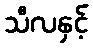
သီလနှင့်